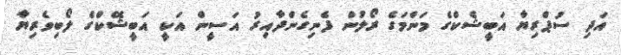
އަދި ސުޕްރިޔާ އަބީޝެކްގެ މަންމަގެ ރޯލުން ފެނިގެންދާއިރު އަސީން އަކީ އަބީޝޭކްގެ ލޯބިވެރިޔާ